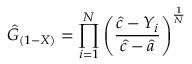
{ \hat { G } } _ { ( 1 - X ) } = \prod _ { i = 1 } ^ { N } \left( { \frac { { \hat { c } } - Y _ { i } } { { \hat { c } } - { \hat { a } } } } \right) ^ { \frac { 1 } { N } }